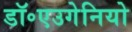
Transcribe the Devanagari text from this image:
डॉ॰एउगेनियो